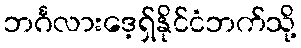
ဘင်္ဂလားဒေ့ရှ်နိုင်ငံဘက်သို့